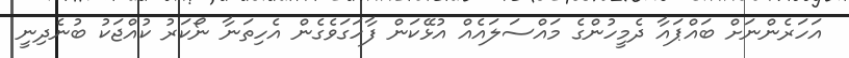
އަހަރެންނަށް ބައްޕައާ ދެމީހުންގެ މައްސަލައެއް އުޅޭކަން ފާހަގަވެގެން އެހިތަނާ ނޯކަރު ކުއްޖަކު ބުނެދިނީ